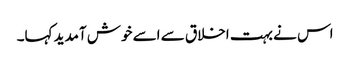
اس نے بہت اخلاق سے اسے خوش آمدید کہا۔